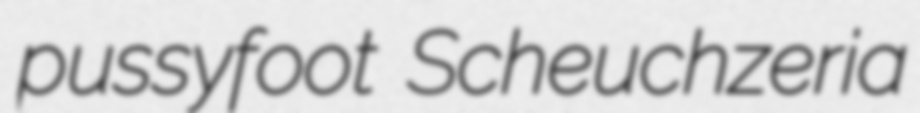
pussyfoot Scheuchzeria